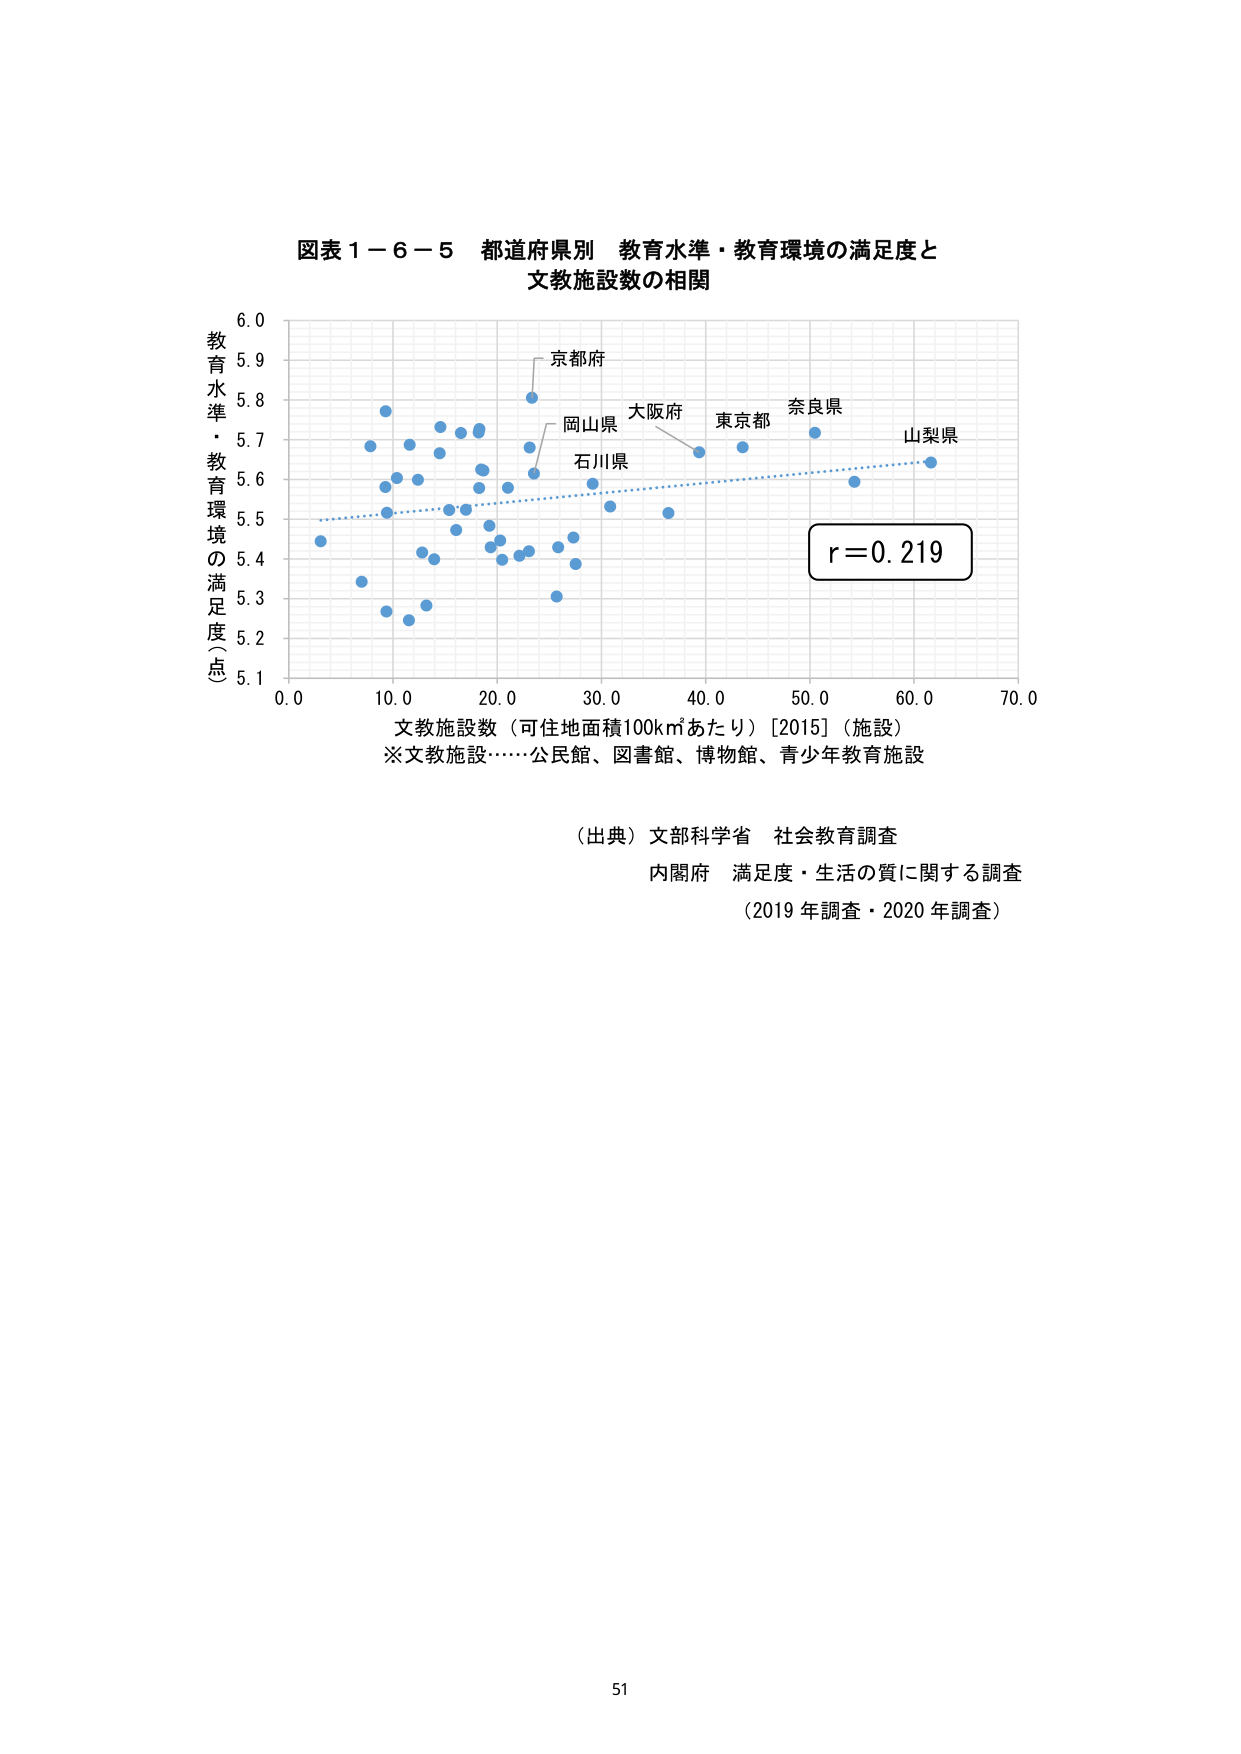
図表１－６－５ 都道府県別 教育水準・教育環境の満足度と
文教施設数の相関

教育水準・教育環境の満足度（点）
6.0
5.9
5.8
5.7
5.6
5.5
5.4
5.3
5.2
5.1

京都府
岡山県
大阪府
東京都
奈良県
山梨県
石川県

r＝0.219

0.0  10.0  20.0  30.0  40.0  50.0  60.0  70.0
文教施設数（可住地面積100km²あたり）［2015］（施設）
※文教施設……公民館、図書館、博物館、青少年教育施設

（出典）文部科学省 社会教育調査
内閣府 満足度・生活の質に関する調査
（2019年調査・2020年調査）

51